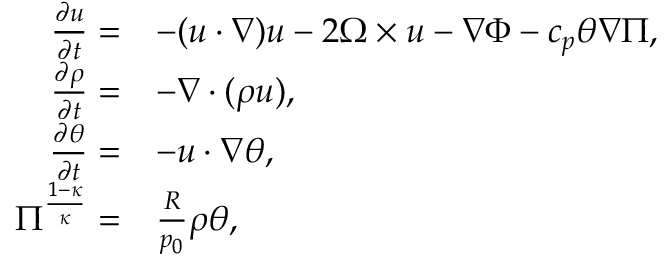
\begin{array} { r l } { \frac { \partial \boldsymbol { u } } { \partial t } = } & { - ( \boldsymbol { u } \cdot \nabla ) \boldsymbol { u } - 2 \boldsymbol { \Omega } \times \boldsymbol { u } - \nabla \Phi - c _ { p } \theta \nabla \Pi , } \\ { \frac { \partial \rho } { \partial t } = } & { - \nabla \cdot ( \rho \boldsymbol { u } ) , } \\ { \frac { \partial \theta } { \partial t } = } & { - \boldsymbol { u } \cdot \nabla \theta , } \\ { \Pi ^ { \frac { 1 - \kappa } { \kappa } } = } & { \frac { R } { p _ { 0 } } \rho \theta , } \end{array}